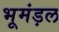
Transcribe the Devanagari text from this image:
भूमंड़ल